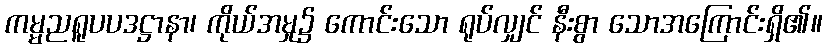
ကမ္မညရူပပဒဋ္ဌာနာ၊ ကိုယ်အမှု၌ ကောင်းသော ရုပ်လျှင် နီးစွာ သောအကြောင်းရှိ၏။